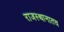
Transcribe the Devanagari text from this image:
राजस्थानातच